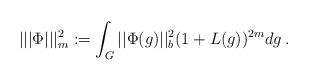
LaTeX: \begin{align*}||| \Phi |||^2_m := \int_G ||\Phi (g)||^2_{b} (1+L(g))^{2m} dg \,.\end{align*}